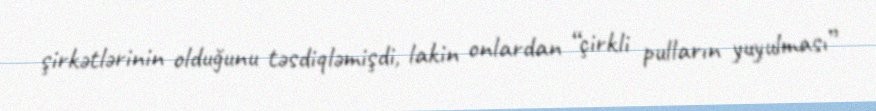
şirkətlərinin olduğunu təsdiqləmişdi, lakin onlardan “çirkli pulların yuyulması”